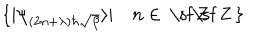
LaTeX: \{ \vert \psi _ { ( 2 n + \lambda ) \hbar \sqrt { \beta } } \rangle \vert \quad n \in { \: \mathrm { \sf ~ Z } \hspace { - 0 . 8 2 e m } \mathrm { \sf ~ Z } \, } \}